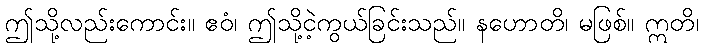
ဤသို့လည်းကောင်း။ ဧဝံ၊ ဤသို့ငဲ့ကွယ်ခြင်းသည်။ နဟောတိ၊ မဖြစ်။ ဣတိ၊